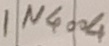
Text: IN4004